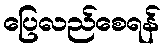
ပြေလည်စေရန်